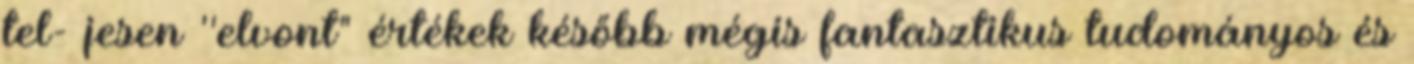
tel- jesen ''elvont" értékek később mégis fantasztikus tudományos és